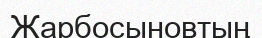
Жарбосыновтың